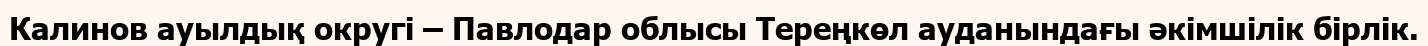
Калинов ауылдық округі – Павлодар облысы Тереңкөл ауданындағы әкімшілік бірлік.